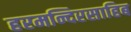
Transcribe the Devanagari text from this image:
हरमन्दिरसाहिब